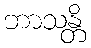
ဘာသန္တိ